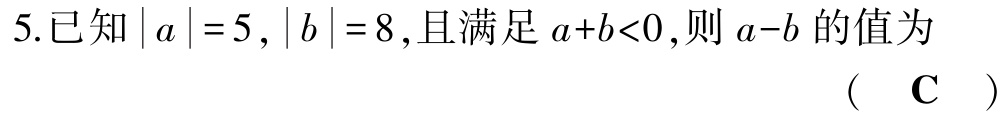
5.已知\(\vert a\vert = 5\)，\(\vert b\vert = 8\)，且满足\(a + b < 0\)，则\(a - b\)的值为 （  \(\mathbf{C}\)  ）